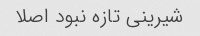
شیرینی تازه نبود اصلا